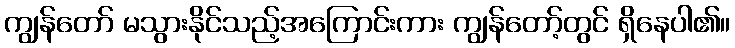
ကျွန်တော် မသွားနိုင်သည့်အကြောင်းကား ကျွန်တော့်တွင် ရှိနေပါ၏။